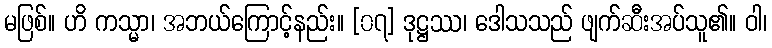
မဖြစ်။ ဟိ ကသ္မာ၊ အဘယ်ကြောင့်နည်း။ [၀၇] ဒုဋ္ဌဿ၊ ဒေါသသည် ဖျက်ဆီးအပ်သူ၏။ ဝါ၊